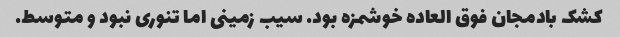
کشک بادمجان فوق العاده خوشمزه بود. سیب زمینی اما تنوری نبود و متوسط.